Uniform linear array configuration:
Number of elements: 32
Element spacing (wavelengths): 0.5
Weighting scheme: hamming
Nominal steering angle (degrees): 0
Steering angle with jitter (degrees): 0.4069
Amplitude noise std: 0.05
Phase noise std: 0.05

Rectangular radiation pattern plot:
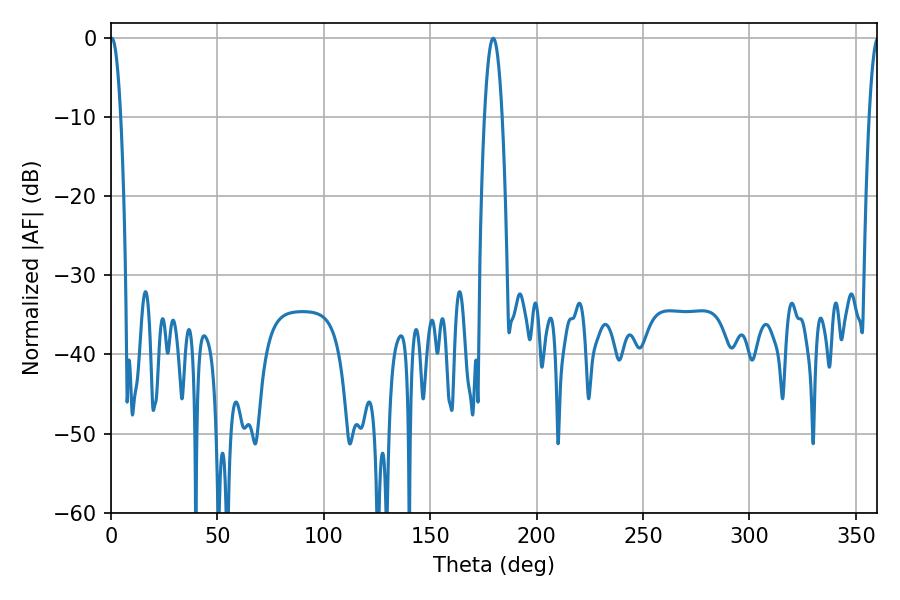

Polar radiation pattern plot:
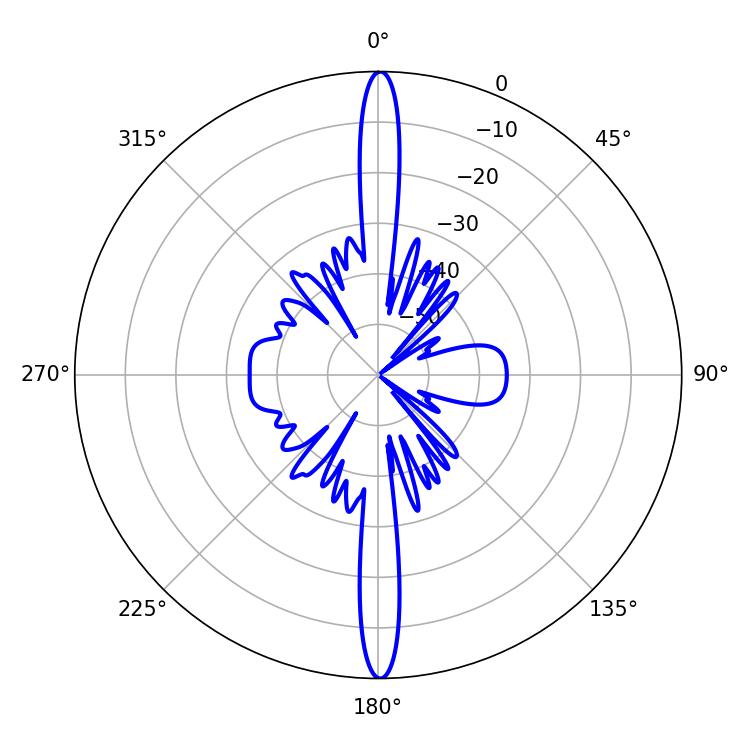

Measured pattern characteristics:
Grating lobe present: FALSE
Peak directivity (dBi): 33.109
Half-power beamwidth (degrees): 2.7
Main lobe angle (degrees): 0.36